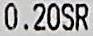
0.20SR